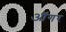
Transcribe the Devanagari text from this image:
ऑगर